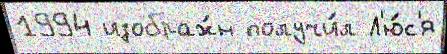
1994 изображ́н получи́л Л'ю́с'я